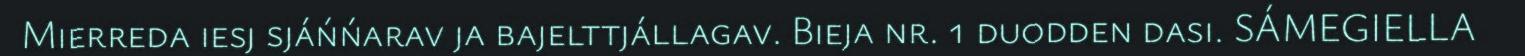
Mierreda iesj sjáńńarav ja bajelttjállagav. Bieja nr. 1 duodden dasi. SÁMEGIELLA